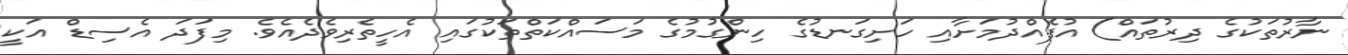
ނާރުތަކުގެ ދިރުތައް) އުފެއްދުމަށާއި ހަށިގަނޑުގެ ހިންގުމުގެ މަސައްކަތްތަކުގައި އެހީތެރިވެދެއެވެ. މިފަދަ އެސިޑް އަކީ